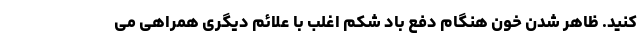
کنید. ظاهر شدن خون هنگام دفع باد شکم اغلب با علائم دیگری همراهی می